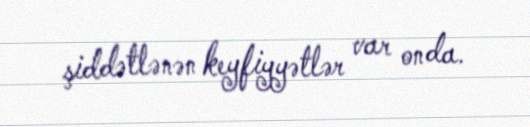
şiddətlənən keyfiyyətlər var onda.